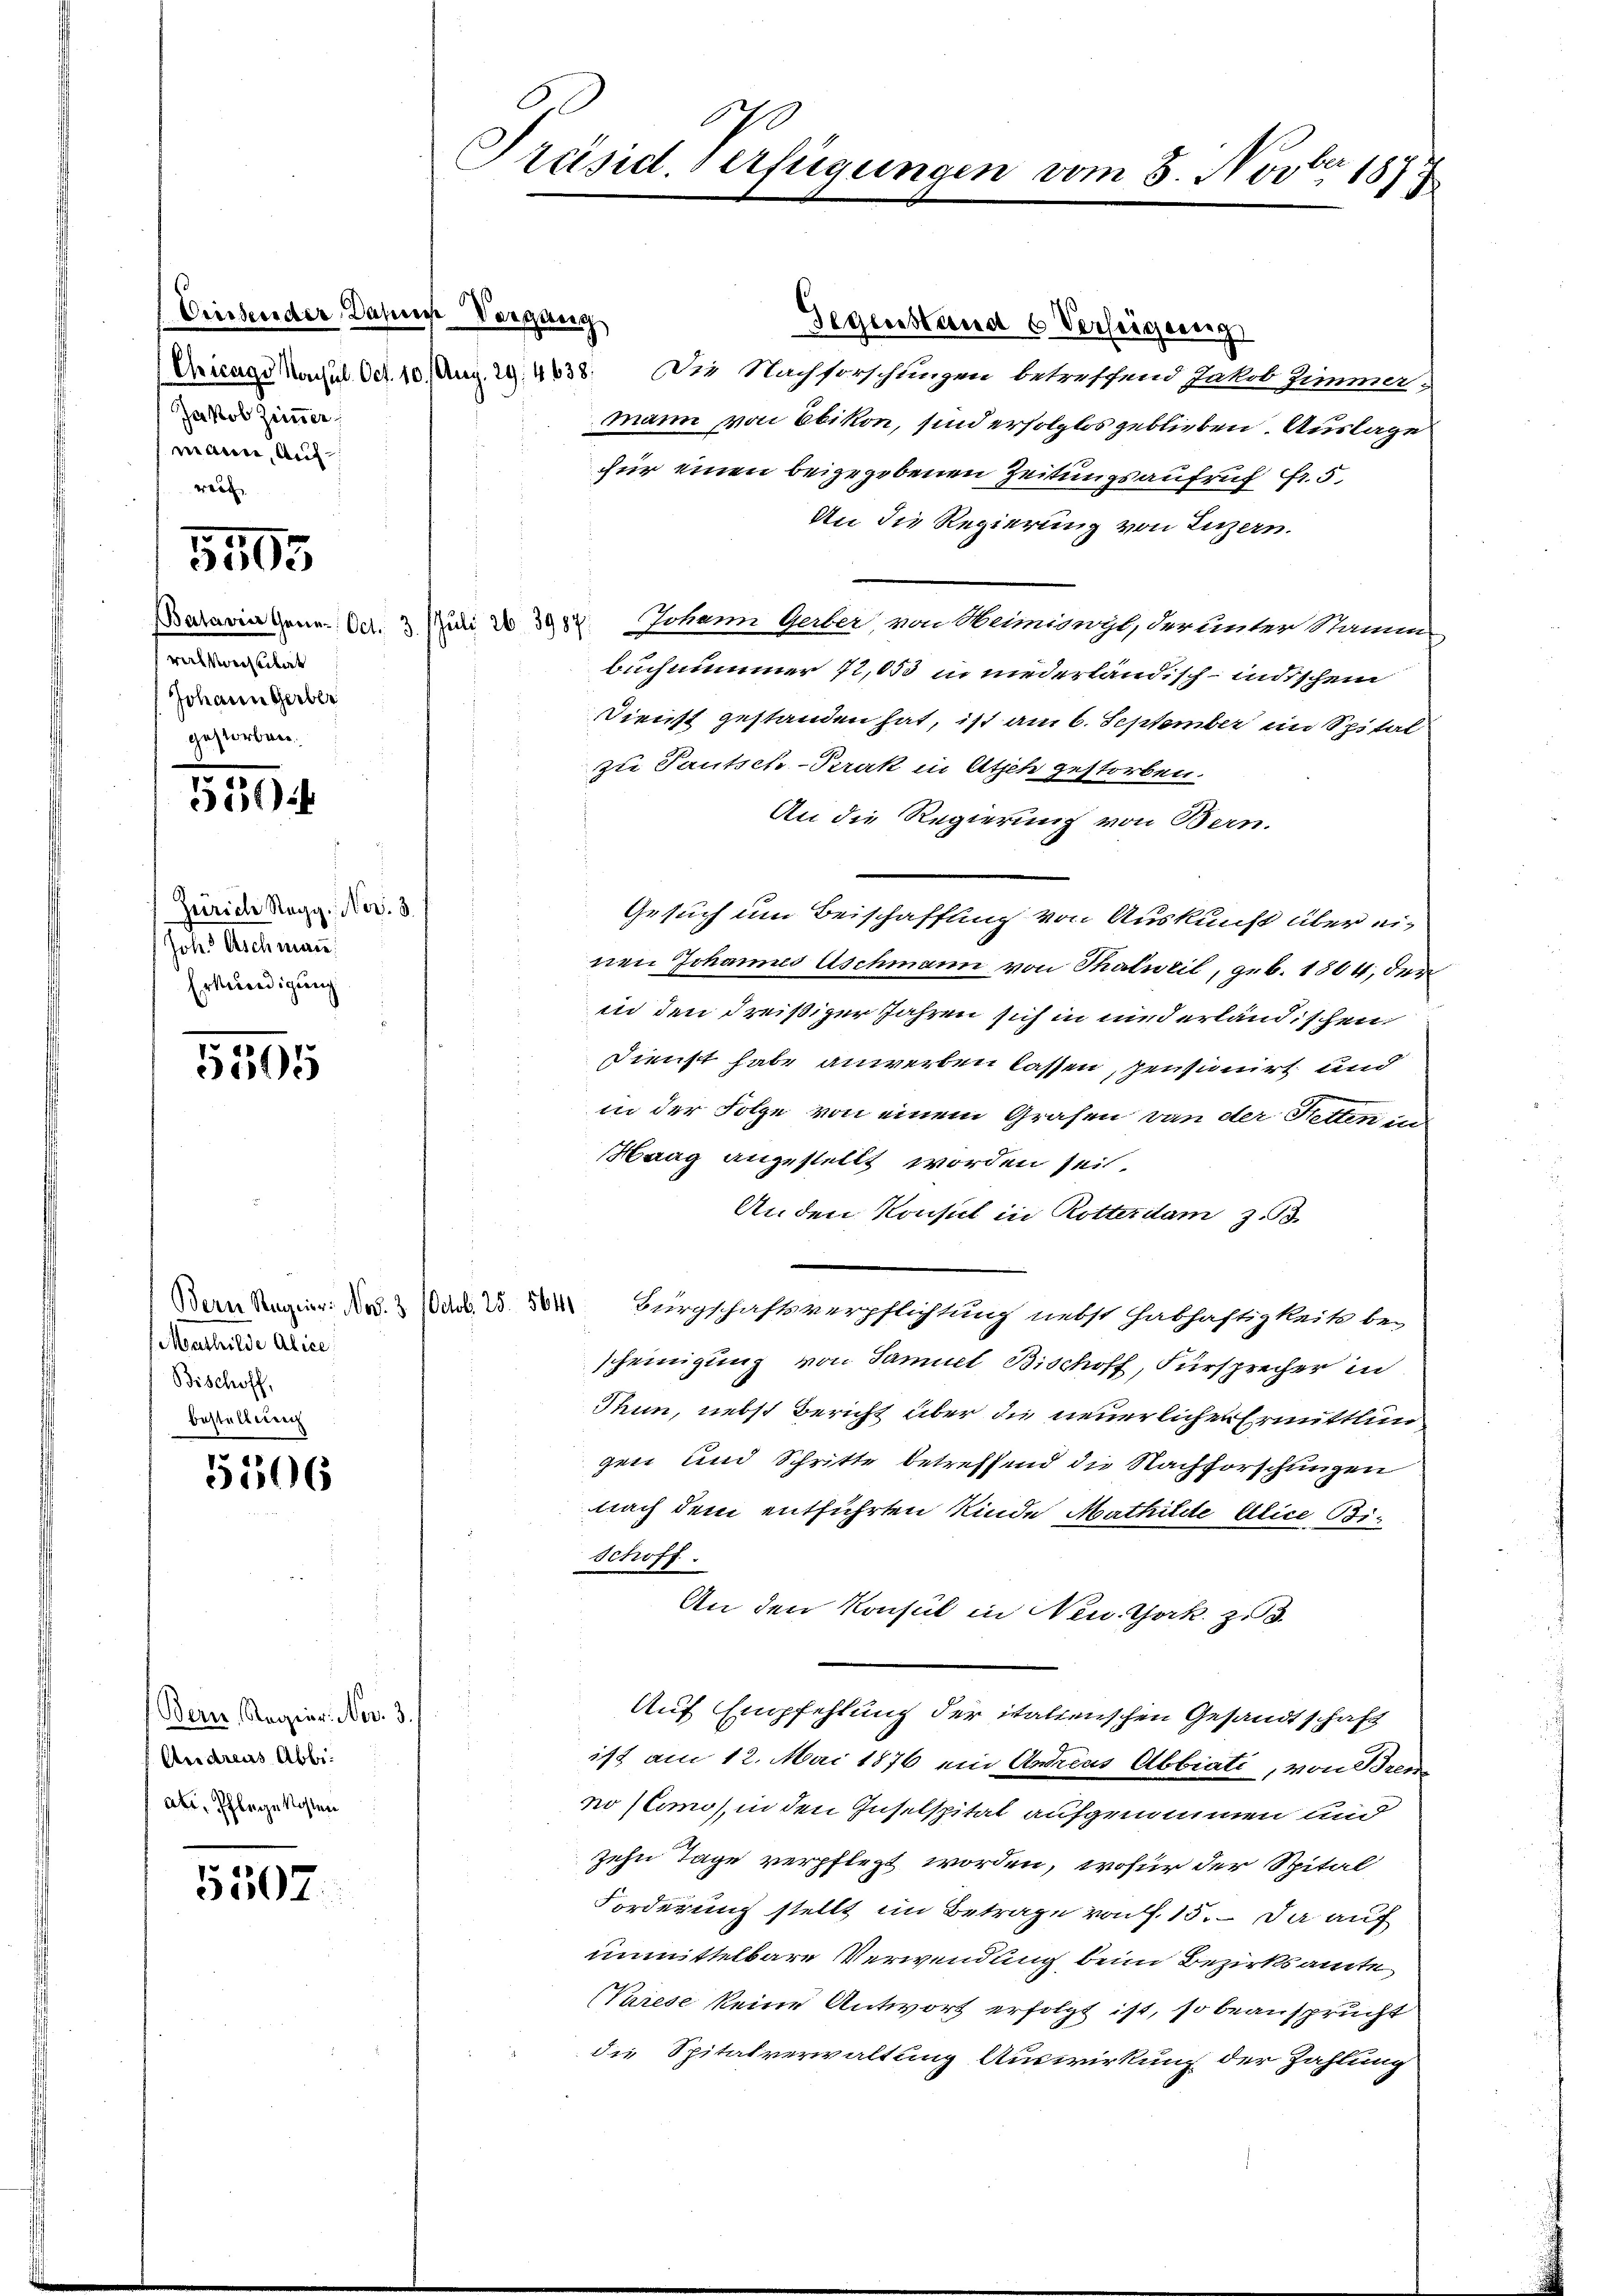
Diesender Dahns Vergang
Jakob Zimmer,
mann, Aufweit

5505

ralkonstitat
Johann Gerber
gestorbnen.

5304

Geriche Regg, Nov. 8.
Joh. Aschmann
Erkennedigung

5505

Mathilde Alice
Bischoff,
bestellung

5106

Bern, Regier. Nov. 3.
Andreas Abbiatr. Pflege kosten

5507.

Präsid. Verfügungen vom 8. Novber 1877

Gegenstand 6 Verfügung
Chicago Nachl. Oct. 10. Aug. 19. 4838. Die Nachforschlingen betreffend Jakob Zimmer-
mann von Ebikon, sind erfolglos geblieben. Auslage
für einen beigegebenen Zeitungsaufruf fr. 5
An die Regierung von Luzern.
Batariatenen Oct. 3. Juli d. 398z. Johann Gerber, von Heimiswyl, der unter Stamm-
buchnummer 72,053 in niederländisch-indischem
Dienst gestanden hat, ist am 6. September im Spital
zie Pautsch-Prak in Atsch gestorben.
An die Regierung von Bern.
Gesuch um Beischaffung von Auskunft über einen Johannes Aschmann von Thalweil, geb. 1804, der
in den dreißiger Jahren sich in und erländischen
Dienst habe anwerben lassen, pensionirt und
in der Folge von einem Grafen von der Retten in
Haag anzustellt worden sei.
Anden Konsul in Rotteritam z. B.
Dein Regier: Nr. 3 Mad. B. 4. Bürgschaftsverpflichtung nebst Habhaftigkeite bei
scheinigung von Samuel Bischoff, Fürsprecher in
Thun, nebst Bericht über die neuerlichen Ermittlun
gen und Schritte betreffend die Nachforschungen
nach dem entführten Kinde Mathilde Alice Bi¬
Schoff
An den Konsul in Neu. Jak. zu 3.
Auf Empfehlung der italienschen Gesandtschaft
ist am 12. Mai 1876 ein Andreas Abbiati, von Bren
no (lois in den Inselspital aufgenommen und
zehn Tage verpflegt worden, wofür der Spital
Forderung stellt im Betrage von f. 15. Da auf
unmittelbare Verwendung beim Bezirksamte
(Varese keine Antwort erfolgt ist, so beansprucht
die Spitalverwaltung Auswirkung der Zahlung